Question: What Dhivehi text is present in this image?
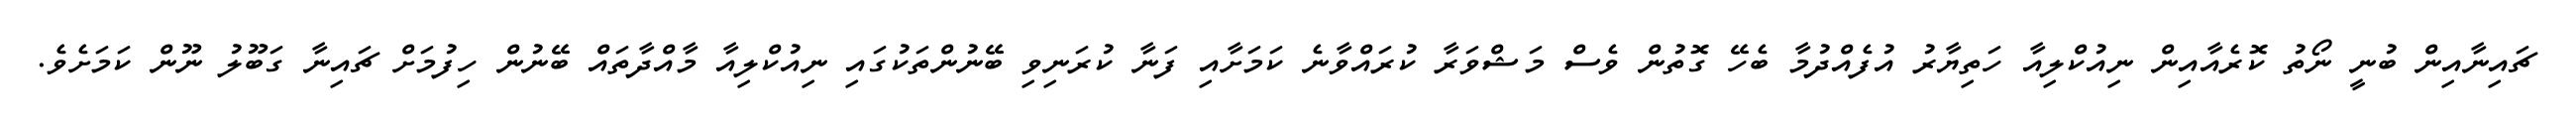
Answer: ޗައިނާއިން ބުނީ ނޯތު ކޮރެއާއިން ނިއުކްލިއާ ހަތިޔާރު އުފެއްދުމާ ބެހޭ ގޮތުން ވެސް މަޝްވަރާ ކުރައްވާނެ ކަމަށާއި ފަނާ ކުރަނިވި ބޭނުންތަކުގައި ނިއުކްލިއާ މާއްދާތައް ބޭނުން ހިފުމަށް ޗައިނާ ގަބޫލު ނޫން ކަމަށެވެ.